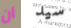
ان سيد